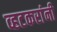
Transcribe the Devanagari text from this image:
व्हटकरांनी